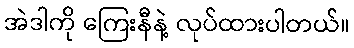
အဲဒါကို ကြေးနီနဲ့ လုပ်ထားပါတယ်။